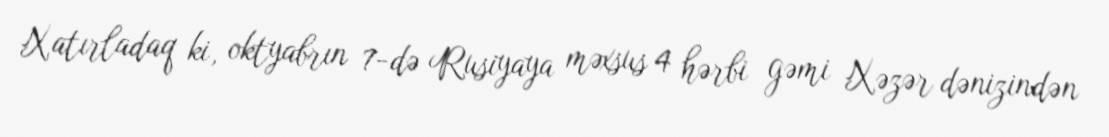
Xatırladaq ki, oktyabrın 7-də Rusiyaya məxsus 4 hərbi gəmi Xəzər dənizindən